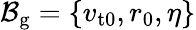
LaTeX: \mathcal{B}_{\mathrm{g}}=\{ v_{\mathrm{t0}},r_{0},\eta\}